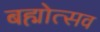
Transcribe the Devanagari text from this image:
बह्मोत्‍सव